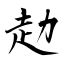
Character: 赲